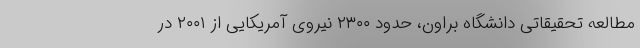
مطالعه تحقیقاتی دانشگاه براون، حدود ۲۳۰۰ نیروی آمریکایی از ۲۰۰۱ در